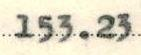
153.23